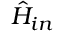
\hat { H } _ { i n }